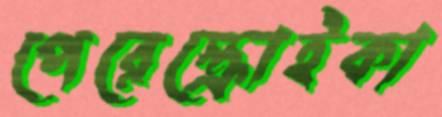
পেরেস্ক্রোইকা